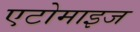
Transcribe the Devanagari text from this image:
एटोमाइज